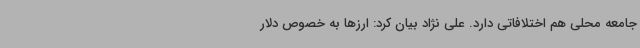
جامعه محلی هم اختلافاتی دارد. علی نژاد بیان کرد: ارزها به خصوص دلار